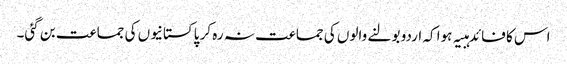
اس کا فائدہبیہ ہوا کہ اردو بولنے والوں کی جماعت نہ رہ کر پاکستانیوں کی جماعت بن گئی۔